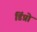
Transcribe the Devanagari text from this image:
डिंप्रो